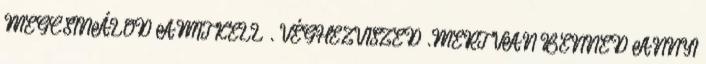
MEGCSINÁLOD AMIT KELL . VÉGHEZVISZED .MERT VAN BENNED ANNYI